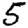
Digit: 5